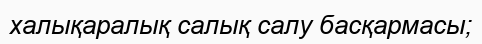
халықаралық салық салу басқармасы;